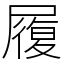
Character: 履